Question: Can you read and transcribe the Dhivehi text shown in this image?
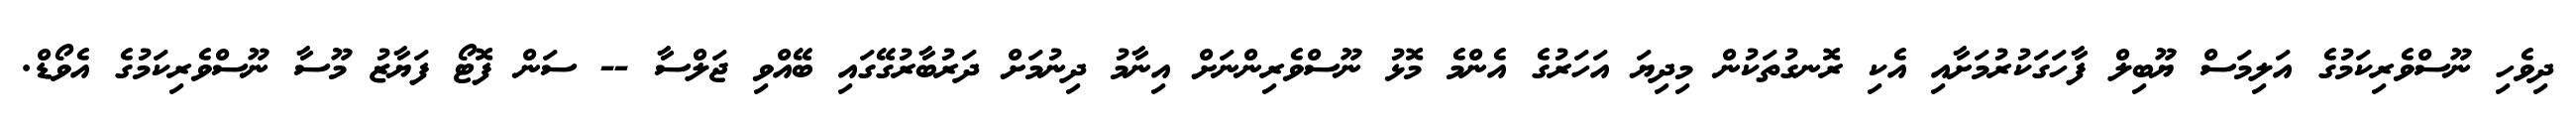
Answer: ދިވެހި ނޫސްވެރިކަމުގެ އަލިމަސް ޔޫބިލް ފާހަގަކުރުމަށާއި އެކި ރޮނގުތަކުން މިދިޔަ އަހަރުގެ އެންމެ މޮޅު ނޫސްވެރިންނަށް އިނާމު ދިނުމަށް ދަރުބާރުގޭގައި ބޭއްވި ޖަލްސާ -- ސަން ފޮޓޯ ފަޔާޒު މޫސާ ނޫސްވެރިކަމުގެ އެވޯޑް.